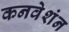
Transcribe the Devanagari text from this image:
कनवेशंन